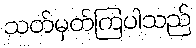
သတ်မှတ်ကြပါသည်